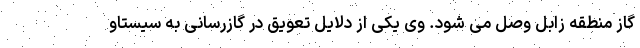
گاز منطقه زابل وصل می شود. وی یکی از دلایل تعویق در گازرسانی به سیستاو